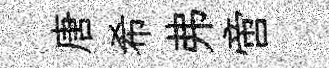
唐希弗啻